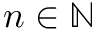
n \in { \mathbb N }